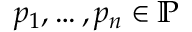
p _ { 1 } , \ldots , p _ { n } \in \mathbb { P }